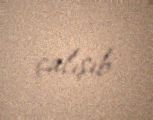
çalışıb.